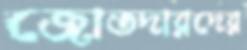
জোতদারদের